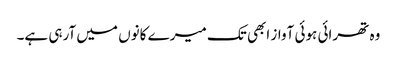
وہ تھرائی ہوئی آواز ابھی تک میرے کانوں میں آرہی ہے۔